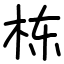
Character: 栋